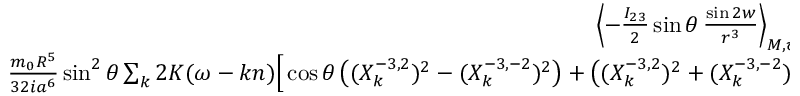
\begin{array} { r l r } { \left\langle - \frac { I _ { 2 3 } } { 2 } \sin \theta \, \frac { \sin 2 w } { r ^ { 3 } } \right\rangle _ { M , \varpi } = } & { { } } & { } \\ { \frac { m _ { 0 } R ^ { 5 } } { 3 2 i a ^ { 6 } } \sin ^ { 2 } \theta \sum _ { k } 2 K ( \omega - k n ) \Big [ \cos \theta \left( ( X _ { k } ^ { - 3 , 2 } ) ^ { 2 } - ( X _ { k } ^ { - 3 , - 2 } ) ^ { 2 } \right) + \left( ( X _ { k } ^ { - 3 , 2 } ) ^ { 2 } + ( X _ { k } ^ { - 3 , - 2 } ) ^ { 2 } \right) \Big ] } \end{array}